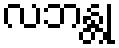
လဘန္တု